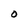
Character: O